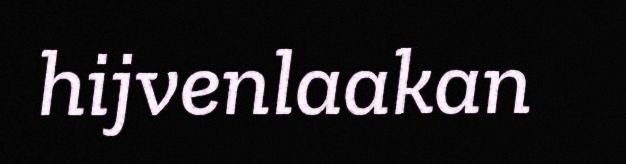
hijvenlaakan